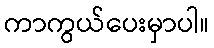
ကာကွယ်ပေးမှာပါ။